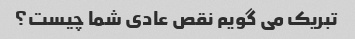
تبریک می گویم نقص عادی شما چیست؟